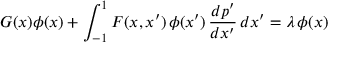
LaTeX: G ( x ) \phi ( x ) + \int _ { - 1 } ^ { 1 } F ( x , x ^ { \prime } ) \, \phi ( x ^ { \prime } ) \, { \frac { d p ^ { \prime } } { d x ^ { \prime } } } \, d x ^ { \prime } = \lambda \, \phi ( x )